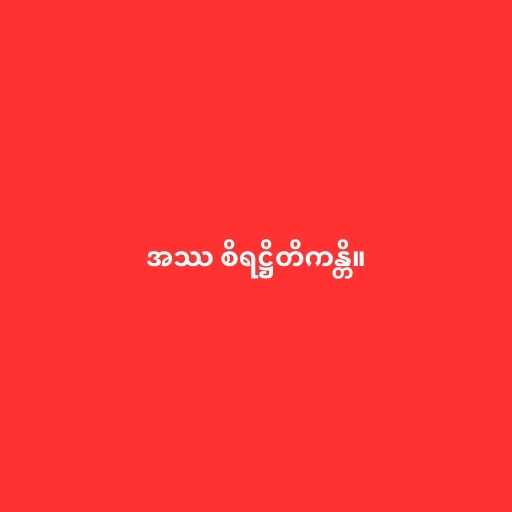
အဿ စိရဋ္ဌိတိကန္တိ။